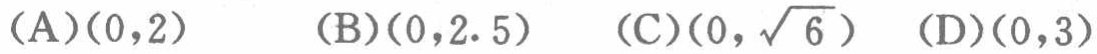
(A)$(0,2)$ (B)$(0,2.5)$ (C)$(0,\sqrt{6})$ (D)$(0,3)$